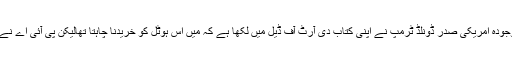
نیو یارک میں پی آئی اے کی ملکیت روز ویلٹ ہوٹل کے بارے میں موجودہ امریکی صدر ڈونلڈ ٹرمپ نے اپنی کتاب دی آرٹ آف ڈیل میں لکھا ہے کہ میں اس ہوٹل کو خریدنا چاہتا تھالیکن پی آئی اے نے اسے مجھ سے چھین لیا اور اس بات کا مجھے ہمیشہ افسوس رہے گا۔